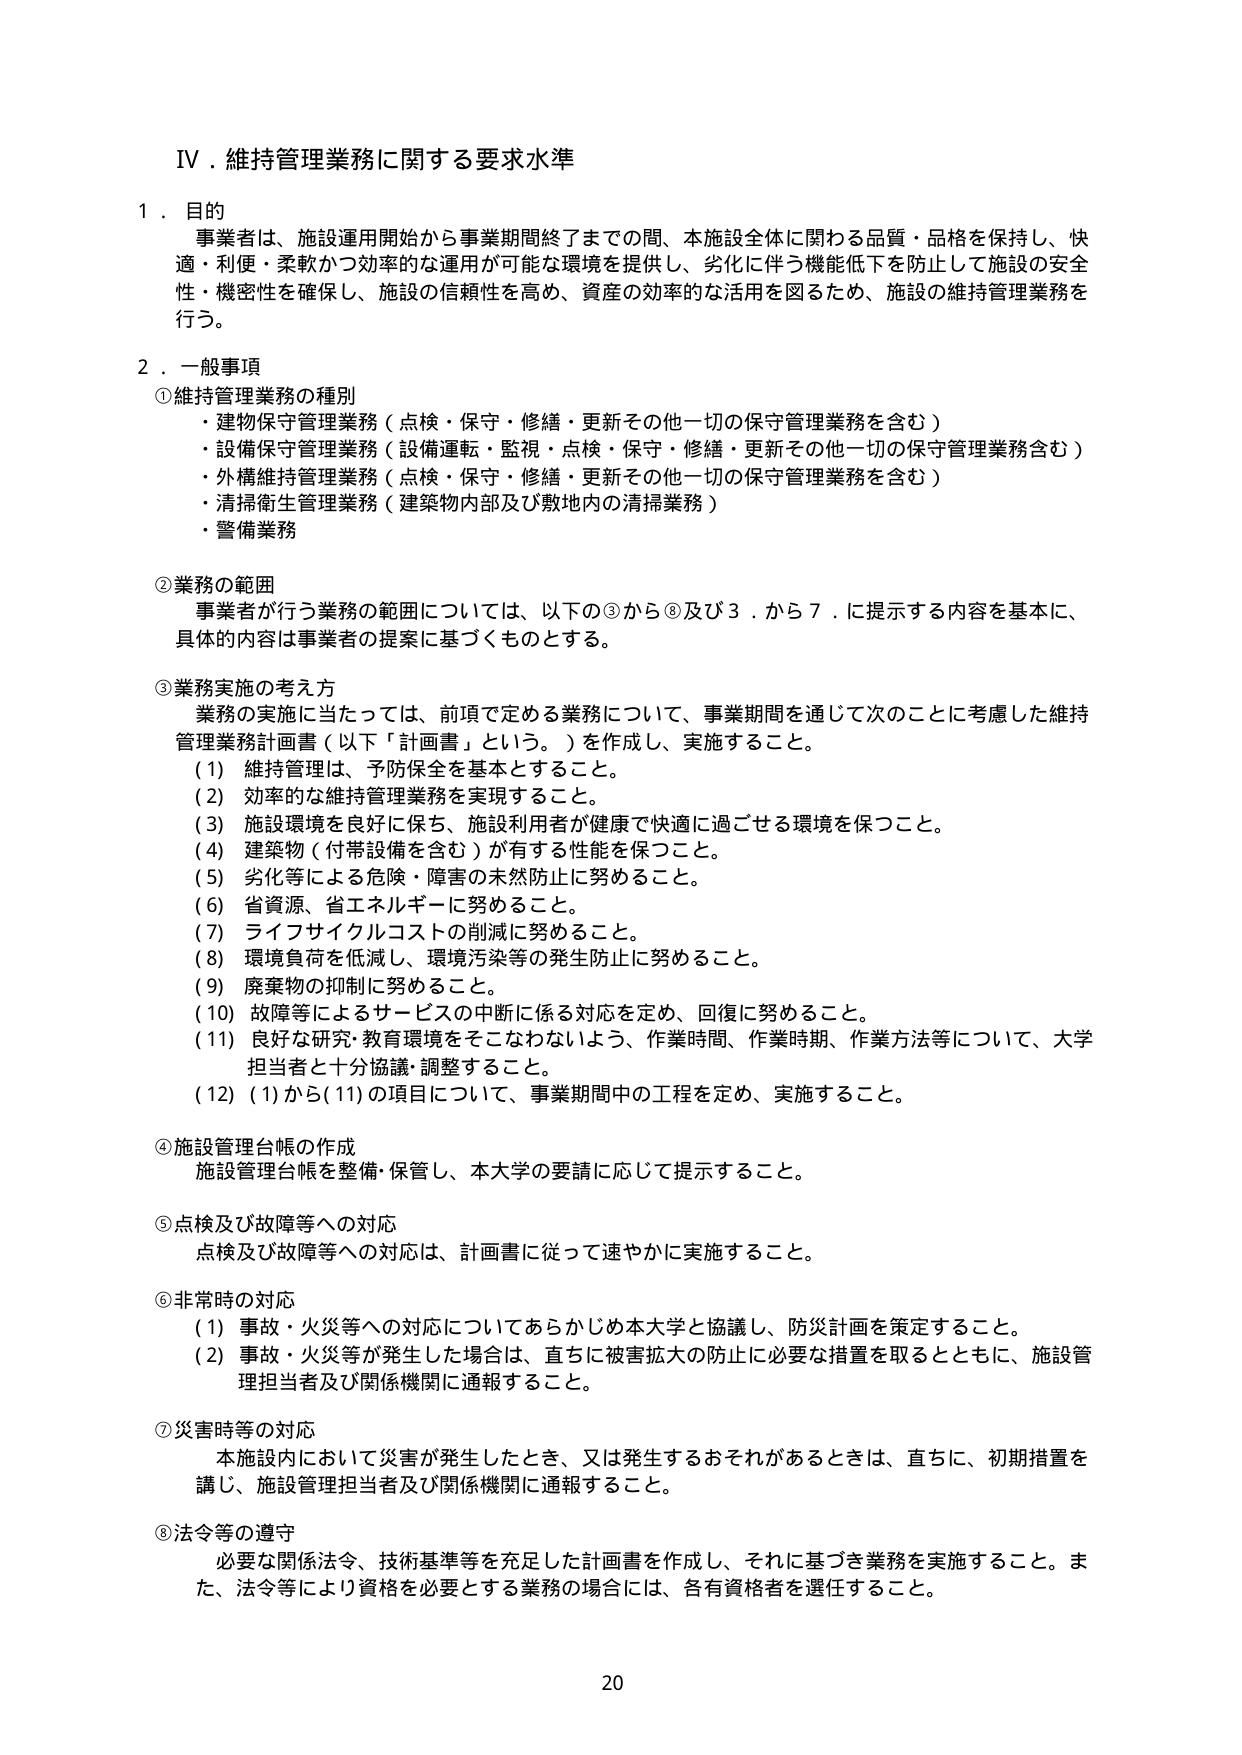
IV．維持管理業務に関する要求水準

1．目的
事業者は、施設運用開始から事業期間終了までの間、本施設全体に関わる品質・品格を保持し、快適・利便・柔軟かつ効率的な運用が可能な環境を提供し、劣化に伴う機能低下を防止して施設の安全性・機密性を確保し、施設の信頼性を高め、資産の効率的な活用を図るため、施設の維持管理業務を行う。

2．一般事項
①維持管理業務の種別
・建物保守管理業務（点検・保守・修繕・更新その他一切の保守管理業務を含む）
・設備保守管理業務（設備運転・監視・点検・保守・修繕・更新その他一切の保守管理業務含む）
・外構維持管理業務（点検・保守・修繕・更新その他一切の保守管理業務を含む）
・清掃衛生管理業務（建築物内部及び敷地内の清掃業務）
・警備業務

②業務の範囲
事業者が行う業務の範囲については、以下の③から⑧及び3．から7．に提示する内容を基本に、具体的な内容は事業者の提案に基づくものとする。

③業務実施の考え方
業務の実施に当たっては、前項で定める業務について、事業期間を通じて次のことに対応した維持管理業務計画書（以下「計画書」という。）を作成し、実施すること。
（1）維持管理は、予防保全を基本とすること。
（2）効率的な維持管理業務を実現すること。
（3）施設環境を良好に保ち、施設利用者が健康で快適に過ごせる環境を保つこと。
（4）建築物（付帯設備を含む）が有する性能を保つこと。
（5）劣化等による危険・障害の未然防止に努めること。
（6）省資源、省エネルギーに努めること。
（7）ライフサイクルコストの削減に努めること。
（8）環境負荷を低減し、環境汚染等の発生防止に努めること。
（9）廃棄物の抑制に努めること。
（10）故障等によるサービスの中断に係る対応を定め、回復に努めること。
（11）良好な研究・教育環境をそこなわないよう、作業時間、作業時期、作業方法等について、大学担当者と十分協議・調整すること。
（12）（1）から（11）の項目について、事業期間中の工程を定め、実施すること。

④施設管理台帳の作成
施設管理台帳を整備・保管し、本大学の要請に応じて提示すること。

⑤点検及び故障等への対応
点検及び故障等への対応は、計画書に従って速やかに実施すること。

⑥非常時の対応
（1）事故・火災等への対応についてあらかじめ本大学と協議し、防災計画を策定すること。
（2）事故・火災等が発生した場合は、直ちに被害拡大の防止に必要な措置を取るとともに、施設管理担当者及び関係機関に通報すること。

⑦災害時等の対応
本施設内において災害が発生したとき、又は発生するおそれがあるときは、直ちに、初期措置を講じ、施設管理担当者及び関係機関に通報すること。

⑧法令等の遵守
必要な関係法令、技術基準等を充足した計画書を作成し、それに基づき業務を実施すること。また、法令等により資格を必要とする業務の場合には、各有資格者を選任すること。

20